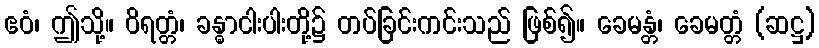
ဧဝံ၊ ဤသို့။ ဝိရတ္တံ၊ ခန္ဓာငါးပါးတို့၌ တပ်ခြင်းကင်းသည် ဖြစ်၍။ ခေမန္တံ၊ ခေမတ္တံ (ဆဋ္ဌ)